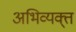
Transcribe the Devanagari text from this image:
अभिव्यक्त्